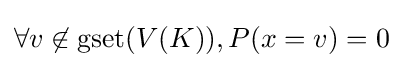
\forall v\not \in \operatorname {gset} (V(K)),P(x=v)=0